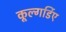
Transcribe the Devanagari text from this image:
कूल्गर्डिए